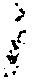
候